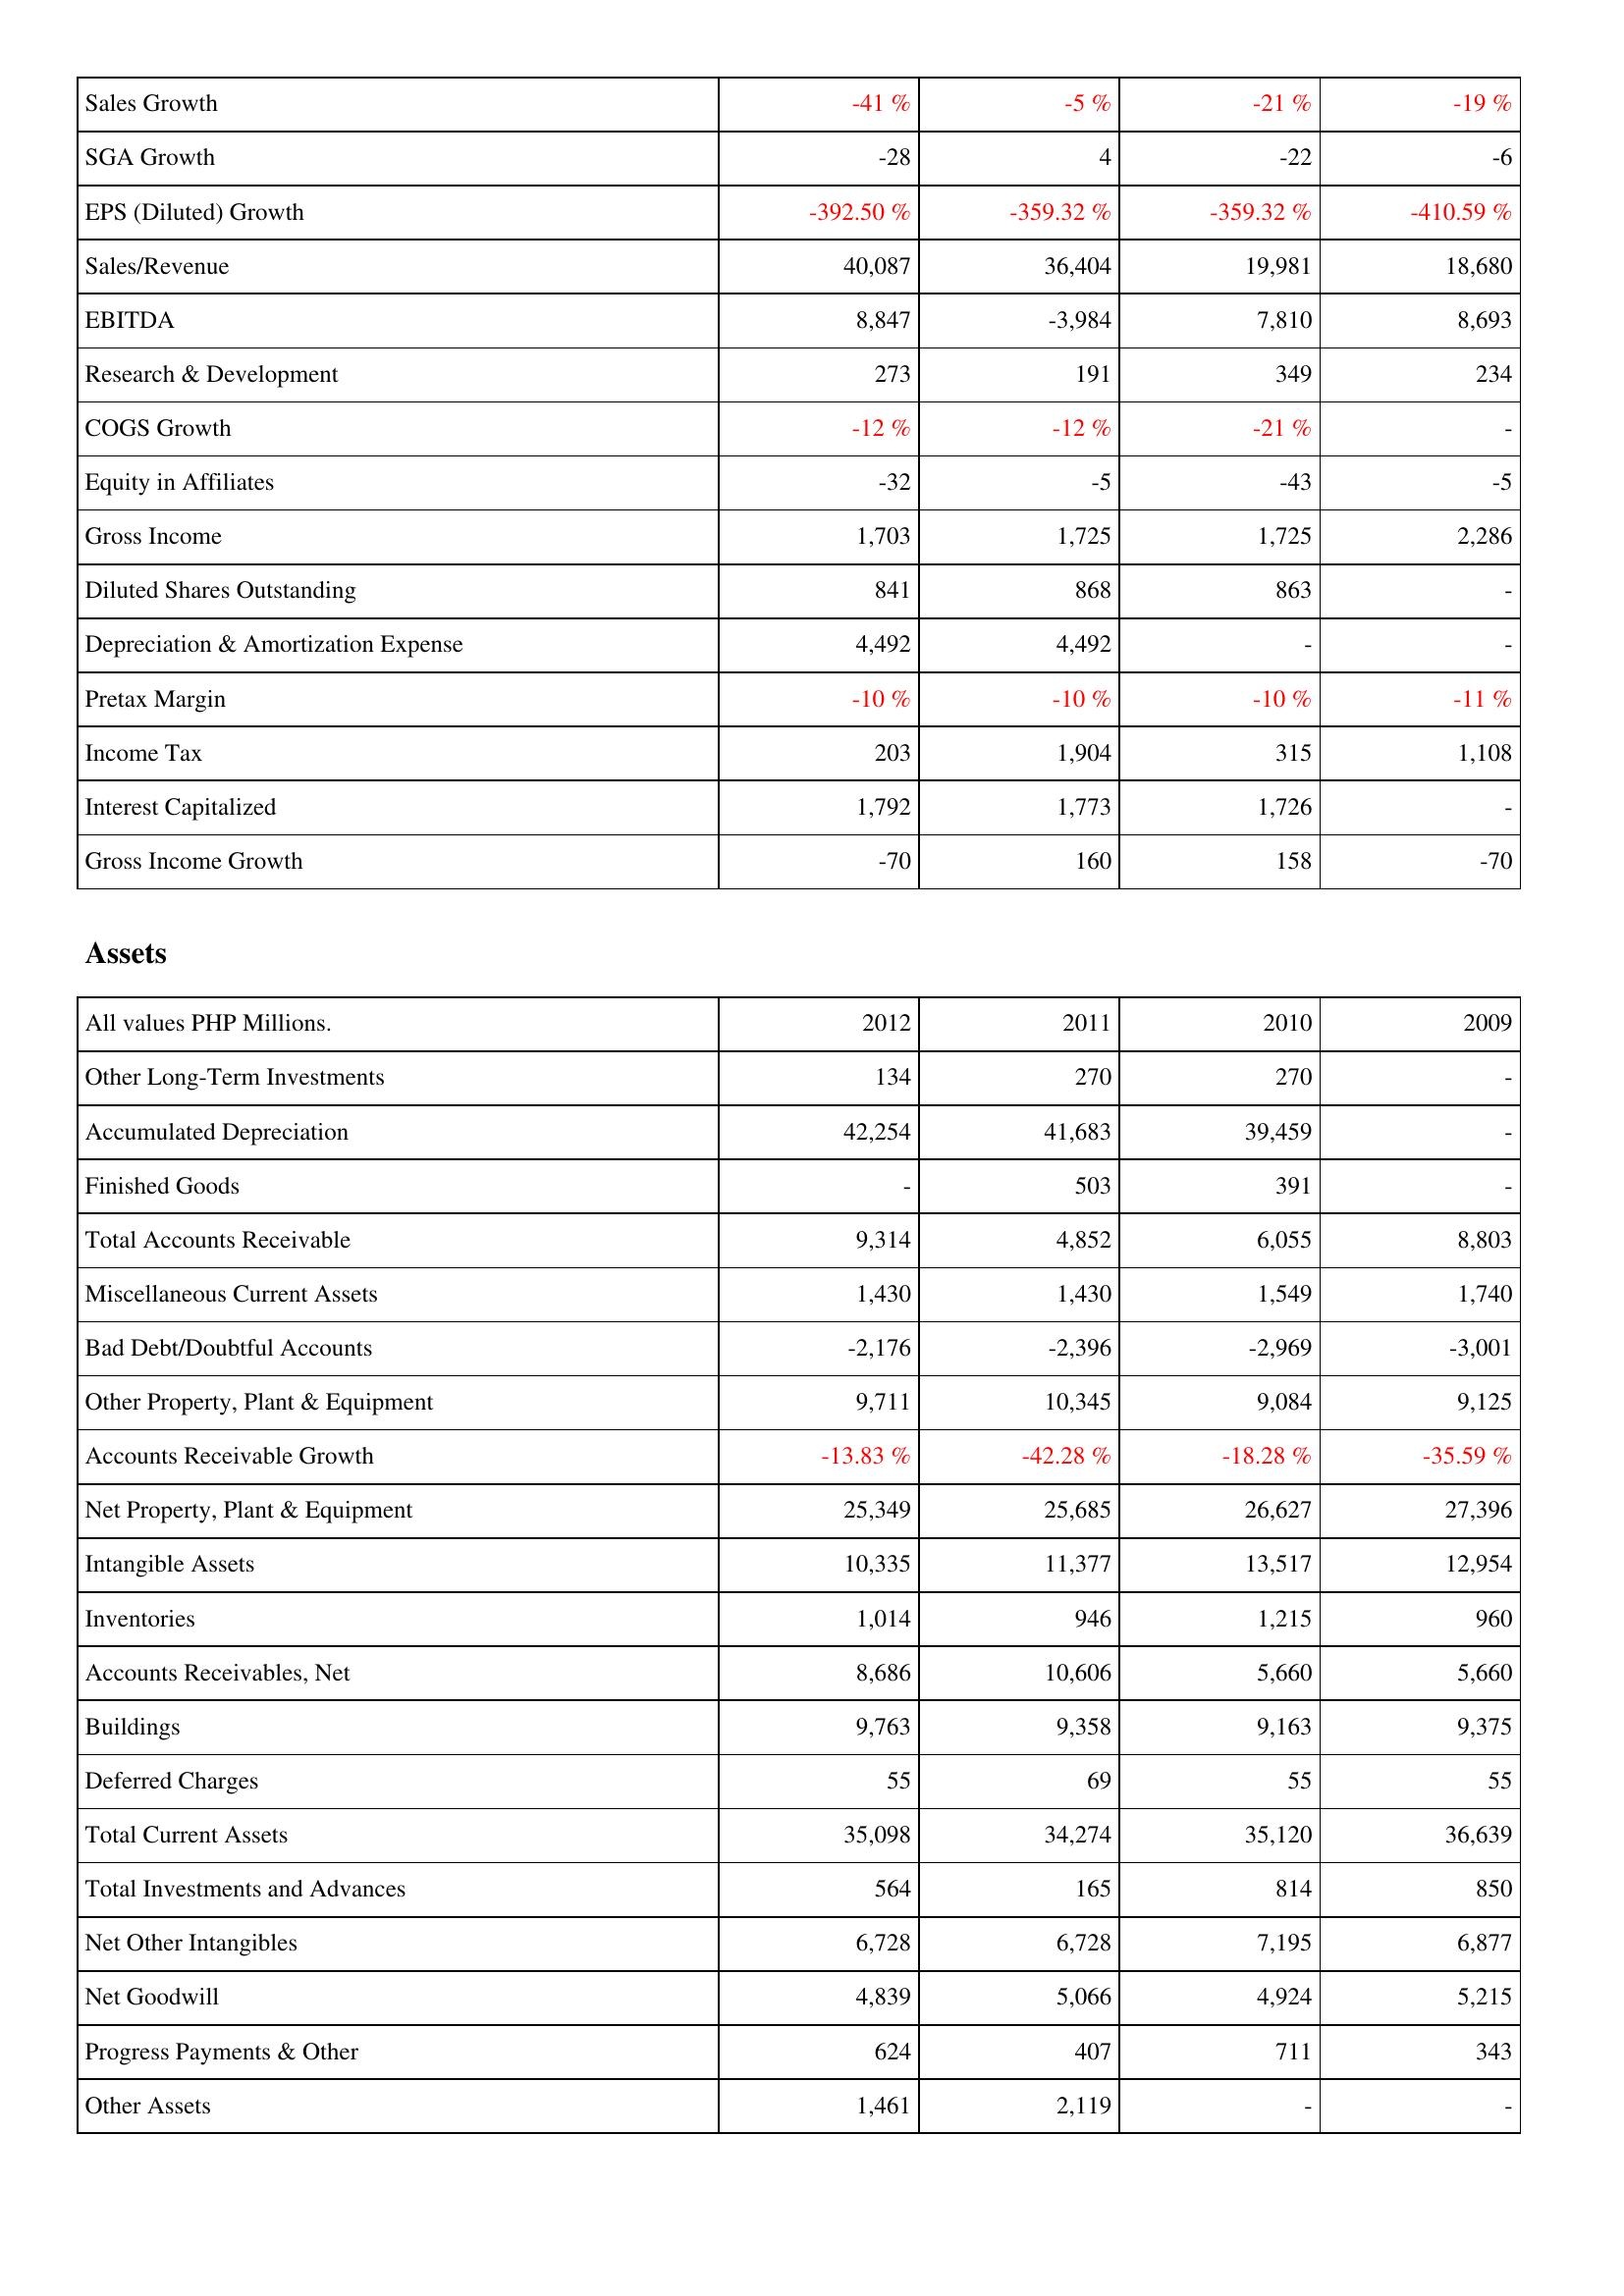
2012: Income Statement: Sales Growth: -41 %
SGA Growth: -28
EPS (Diluted) Growth: -392.50 %
Sales/Revenue: 40,087
EBITDA: 8,847
Research & Development: 273
COGS Growth: -12 %
Equity in Affiliates: -32
Gross Income: 1,703
Diluted Shares Outstanding: 841
Depreciation & Amortization Expense: 4,492
Pretax Margin: -10 %
Income Tax: 203
Interest Capitalized: 1,792
Gross Income Growth: -70
Assets: Other Long-Term Investments: 134
Accumulated Depreciation: 42,254
Finished Goods: -
Total Accounts Receivable: 9,314
Miscellaneous Current Assets: 1,430
Bad Debt/Doubtful Accounts: -2,176
Other Property, Plant & Equipment: 9,711
Accounts Receivable Growth: -13.83 %
Net Property, Plant & Equipment: 25,349
Intangible Assets: 10,335
Inventories: 1,014
Accounts Receivables, Net: 8,686
Buildings: 9,763
Deferred Charges: 55
Total Current Assets: 35,098
Total Investments and Advances: 564
Net Other Intangibles: 6,728
Net Goodwill: 4,839
Progress Payments & Other: 624
Other Assets: 1,461
2011: Income Statement: Sales Growth: -5 %
SGA Growth: 4
EPS (Diluted) Growth: -359.32 %
Sales/Revenue: 36,404
EBITDA: -3,984
Research & Development: 191
COGS Growth: -12 %
Equity in Affiliates: -5
Gross Income: 1,725
Diluted Shares Outstanding: 868
Depreciation & Amortization Expense: 4,492
Pretax Margin: -10 %
Income Tax: 1,904
Interest Capitalized: 1,773
Gross Income Growth: 160
Assets: Other Long-Term Investments: 270
Accumulated Depreciation: 41,683
Finished Goods: 503
Total Accounts Receivable: 4,852
Miscellaneous Current Assets: 1,430
Bad Debt/Doubtful Accounts: -2,396
Other Property, Plant & Equipment: 10,345
Accounts Receivable Growth: -42.28 %
Net Property, Plant & Equipment: 25,685
Intangible Assets: 11,377
Inventories: 946
Accounts Receivables, Net: 10,606
Buildings: 9,358
Deferred Charges: 69
Total Current Assets: 34,274
Total Investments and Advances: 165
Net Other Intangibles: 6,728
Net Goodwill: 5,066
Progress Payments & Other: 407
Other Assets: 2,119
2010: Income Statement: Sales Growth: -21 %
SGA Growth: -22
EPS (Diluted) Growth: -359.32 %
Sales/Revenue: 19,981
EBITDA: 7,810
Research & Development: 349
COGS Growth: -21 %
Equity in Affiliates: -43
Gross Income: 1,725
Diluted Shares Outstanding: 863
Depreciation & Amortization Expense: -
Pretax Margin: -10 %
Income Tax: 315
Interest Capitalized: 1,726
Gross Income Growth: 158
Assets: Other Long-Term Investments: 270
Accumulated Depreciation: 39,459
Finished Goods: 391
Total Accounts Receivable: 6,055
Miscellaneous Current Assets: 1,549
Bad Debt/Doubtful Accounts: -2,969
Other Property, Plant & Equipment: 9,084
Accounts Receivable Growth: -18.28 %
Net Property, Plant & Equipment: 26,627
Intangible Assets: 13,517
Inventories: 1,215
Accounts Receivables, Net: 5,660
Buildings: 9,163
Deferred Charges: 55
Total Current Assets: 35,120
Total Investments and Advances: 814
Net Other Intangibles: 7,195
Net Goodwill: 4,924
Progress Payments & Other: 711
Other Assets: -
2009: Income Statement: Sales Growth: -19 %
SGA Growth: -6
EPS (Diluted) Growth: -410.59 %
Sales/Revenue: 18,680
EBITDA: 8,693
Research & Development: 234
COGS Growth: -
Equity in Affiliates: -5
Gross Income: 2,286
Diluted Shares Outstanding: -
Depreciation & Amortization Expense: -
Pretax Margin: -11 %
Income Tax: 1,108
Interest Capitalized: -
Gross Income Growth: -70
Assets: Other Long-Term Investments: -
Accumulated Depreciation: -
Finished Goods: -
Total Accounts Receivable: 8,803
Miscellaneous Current Assets: 1,740
Bad Debt/Doubtful Accounts: -3,001
Other Property, Plant & Equipment: 9,125
Accounts Receivable Growth: -35.59 %
Net Property, Plant & Equipment: 27,396
Intangible Assets: 12,954
Inventories: 960
Accounts Receivables, Net: 5,660
Buildings: 9,375
Deferred Charges: 55
Total Current Assets: 36,639
Total Investments and Advances: 850
Net Other Intangibles: 6,877
Net Goodwill: 5,215
Progress Payments & Other: 343
Other Assets: -